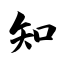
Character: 知